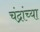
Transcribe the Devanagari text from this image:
चंद्रांच्या